Vaccination North-Western Provinces 1866-1877 - 1866-1877
Year: 1866
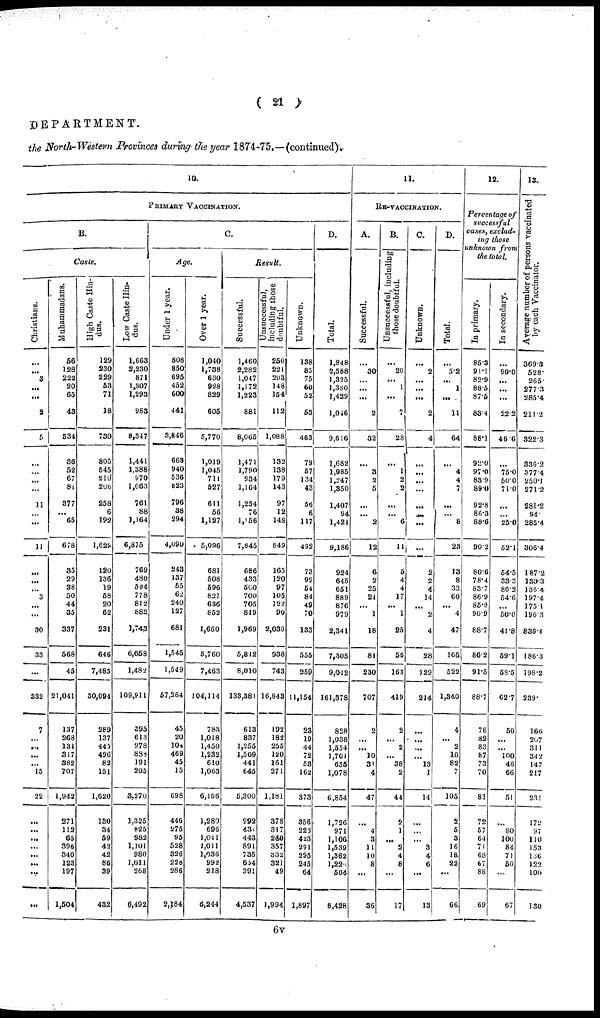
( 21 )
DEPARTMENT.
the North-Western Provinces during the year 1874-75.—(continued)
10.
PRIMARY VACCINATION.
B.
Caste.
Christians.
...
...
3
...
...
2
5
...
...
...
...
11
...
...
11
...
...
...
3
...
...
30
33
...
332
7
...
...
...
...
15
22
...
...
...
...
...
...
...
...
Muhammadans.
56
128
222
20
65
43
534
36
52
67
81
377
...
65
678
35
29
38
50
44
35
337
568
45
21,041
137
268
131
317
382
707
1,942
271
112
65
396
340
123
197
1,504
High Caste Hin-
dus.
129
230
229
53
71
18
730
805
545
210
206
258
6
192
l,622
120
136
19
58
20
62
231
646
7,485
30,094
289
137
445
406
82
151
1,620
130
34
59
42
42
86
39
432
Low Caste Hin-
dus.
1,663
2,230
871
1,307
1,293
983
8,347
1,441
1,388
970
1,063
761
88
1,164
6,875
769
480
594
778
812
882
1,743
6,058
1,482
109,911
395
613
978
888
191
205
3,270
1,325
825
982
1,101
980
1,011
268
6,492
C.
Age.
Under 1 year.
808
850
695
452
600
441
3,846
663
940
536
823
796
38
294
4,090
243
137
55
62
240
127
681
1,545
1,549
57,264
45
20
104
469
45
15
698
446
275
95
528
326
228
286
2,184
Over 1 year.
1,040
1,738
630
928
829
605
5,770
1,019
1,045
711
527
611
56
1,127
5,096
681
508
596
827
636
852
1,660
5,760
7,463
104,114
783
1,018
1,450
1,232
610
1,063
6,156
1,280
696
1,011
1,011
1,036
992
218
6,244
Result.
Successful.
1,460
2,282
1,047
1,172
1,223
881
8,065
1,471
1,790
934
1,164
1,254
76
1,156
7,845
686
433
560
700
705
819
1,969
5,812
8,010
133,381
613
837
1,255
1,509
441
645
5,300
992
431
443
891
735
654
391
4,537
Unsuccessful,
including those
doubtful.
250
221
203
148
154
112
1,088
132
138
179
143
97
12
148
849
165
120
97
105
122
90
2,039
938
743
16,843
192
182
255
120
161
271
1,181
378
317
240
357
332
321
49
1,994
Unknown.
138
85
75
60
52
53
463
79
57
134
43
56
6
117
492
73
92
54
84
49
70
133
555
259
11,154
23
19
44
72
53
162
373
356
223
423
291
295
245
64
1,897
D.
Total.
1,848
2,588
1,325
1,380
1,429
1,046
9,616
1,682
1,985
1,247
1,350
1,407
94
1,421
9,186
924
645
651
889
876
979
2,341
7,305
9,012
161,378
828
1,038
1,554
1,701
655
1,078
6,854
1,726
971
1,106
1,539
1,362
1,226
504
8,428
11.
RE-VACCINATION.
A.
Successful.
...
30
...
...
...
2
32
...
3
2
5
...
...
2
12
6
2
25
21
...
1
18
81
230
707
2
...
...
10
31
4
47
4
3
11
10
8
...
36
B.
Unsuccessful, including
those doubtful.
...
20
...
1
...
7
28
...
1
2
2
...
...
6
11
5
4
4
17
...
1
25
56
163
419
2
...
2
...
38
2
44
2
1
2
4
8
...
17
C.
Unknown.
...
2
...
...
...
2
4
...
...
...
...
...
...
...
...
2
2
4
14
...
2
4
28
129
214
...
...
...
13
1
14
...
...
3
4
6
...
13
D.
Total.
...
5.2
...
1
...
11
64
...
4
4
7
...
...
8
23
13
8
33
60
...
4
47
165
522
1,340
4
...
2
10
82
7
105
2
5
3
16
18
22
...
66
12.
Percentage of
successful
cases, exclud-
ing those
unknown from
the total.
In primary.
85.3
91.1
82.9
88.6
87.5
83.4
88.1
92.0
97.0
83.9
89.
92.8
86.3
88.6
90.2
80.6
78.4
83.7
86.9
85.2
90.9
88.7
86.2
91.5
88.7
76
82
83
87
73
70
81
72
57
64
71
68
67
88
69
In secondary.
...
90.0
...
...
...
22.2
46.6
...
75.0
50.0
71.0
...
...
25.0
52.1
54.5
33.3
86.2
54.6
...
50.0
41.8
59.1
68.5
62.7
50
...
...
100
46
66
51
80
100
84
71
50
67
13.
Average number of persons vaccinated
by each Vaccinator.
369.3
528.
265.
277.3
285.4
211.2
322.3
336.2
377.4
250.1
271.2
281.2
94.
285.4
306.4
187.2
130.3
136.4
197.4
175.1
196.3
836.4
186.3
198.2
239.
166
207
311
342
147
217
231
17:.'
97
110
153
136
122
100
130
6v